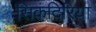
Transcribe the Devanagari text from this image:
सिकंदिरिया